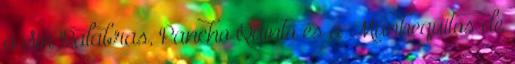
a Sin Palabras, Pancho Quinto és a Munhequitos de